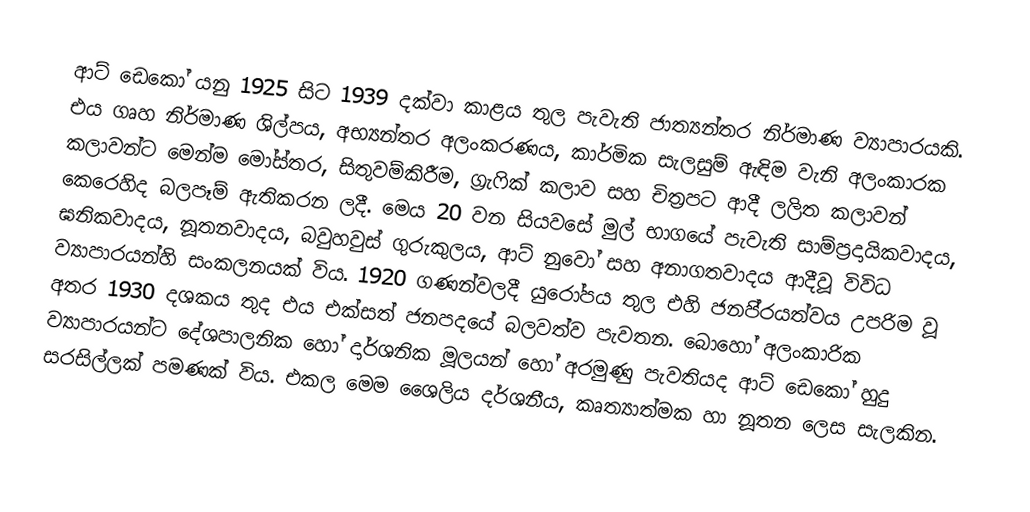
ආට් ඩෙකෝ යනු 1925 සිට 1939 දක්වා කාළය තුල පැවැති ජාත්‍යන්තර නිර්මාණ ව්‍යාපාරයකි. එය ගෘහ නිර්මාණ ශිල්පය, අභ්‍යන්තර අලංකරණය, කාර්මික සැලසුම් ඇඳිම වැනි අලංකාරක කලාවන්ට මෙන්ම මෝස්තර, සිතුවම්කිරීම, ග‍්‍රැෆික් කලාව සහ චිත‍්‍රපට ආදී ලලිත කලාවන් කෙරෙහිද බලපෑම් ඇතිකරන ලදී. මෙය 20 වන සියවසේ මුල් භාගයේ පැවැති සාම්ප‍්‍රදායිකවාදය, ඝනිකවාදය, නූතනවාදය, බවුහවුස් ගුරුකුලය, ආට් නුවෝ සහ අනාගතවාදය ආදීවූ විවිධ ව්‍යාපාරයන්හි සංකලනයක් විය. 1920 ගණන්වලදී යුරෝපය තුල එහි ජනපි‍්‍රයත්වය උපරිම වූ අතර 1930 දශකය තුද එය එක්සත් ජනපදයේ බලවත්ව පැවතන. බොහෝ අලංකාරික ව්‍යාපාරයන්ට දේශපාලනික හෝ දාර්ශනික මූලයන් හෝ අරමුණු පැවතියද ආට් ඩෙකෝ හුදු සරසිල්ලක් පමණක් විය. එකල මෙම ශෛලිය දර්ශනීය, කෘත්‍යාත්මක හා නූතන ලෙස සැලකින.